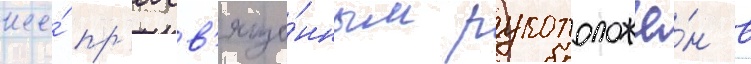
же́ пр'еосв'яще́нным рукоположё́н в